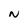
Character: N